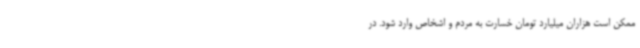
ممکن است هزاران میلیارد تومان خسارت به مردم و اشخاص وارد ‌شود. در